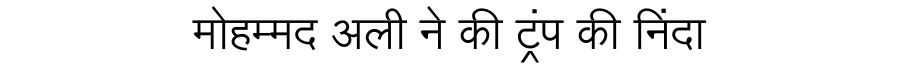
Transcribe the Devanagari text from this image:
मोहम्मद अली ने की ट्रंप की निंदा